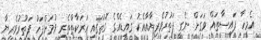
އެމީހާ ފައިސާތައް ވަގަށް ނެގީ ފަތުރުވެރިޔާއާއެކު ގައިޑެއްގެ ގޮތުގައި ހަރަކާތްތެރި ވުމަށްފަހު ފަތުރުވެރިޔާ